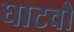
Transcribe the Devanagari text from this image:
घाटवौ